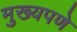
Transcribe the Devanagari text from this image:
मुख्यपणे